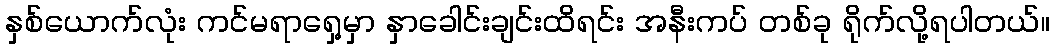
နှစ်ယောက်လုံး ကင်မရာရှေ့မှာ နှာခေါင်းချင်းထိရင်း အနီးကပ် တစ်ခု ရိုက်လို့ရပါတယ်။